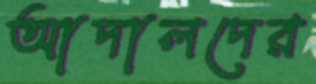
আদালদের